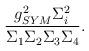
LaTeX: \begin{align*}\frac {g_{SYM}^2 \Sigma_i^2}{\Sigma_1 \Sigma_2 \Sigma_3\Sigma_4}.\end{align*}